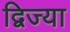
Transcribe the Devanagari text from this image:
द्विज्या